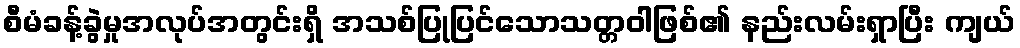
စီမံခန့်ခွဲမှုအလုပ်အတွင်းရှိ အသစ်ပြုပြင်သောသတ္တဝါဖြစ်၏ နည်းလမ်းရှာပြီး ကျယ်